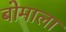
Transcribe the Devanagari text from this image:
बोमाला